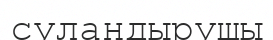
суландырушы